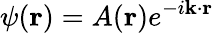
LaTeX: \psi(\mathbf{r})=A(\mathbf{r})e^{-i\mathbf{k}\cdot\mathbf{r}}